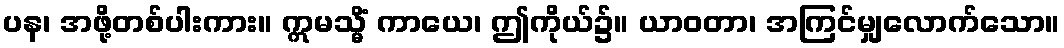
ပန၊ အဖို့တစ်ပါးကား။ ဣမသ္မိံ ကာယေ၊ ဤကိုယ်၌။ ယာဝတာ၊ အကြင်မျှလောက်သော။